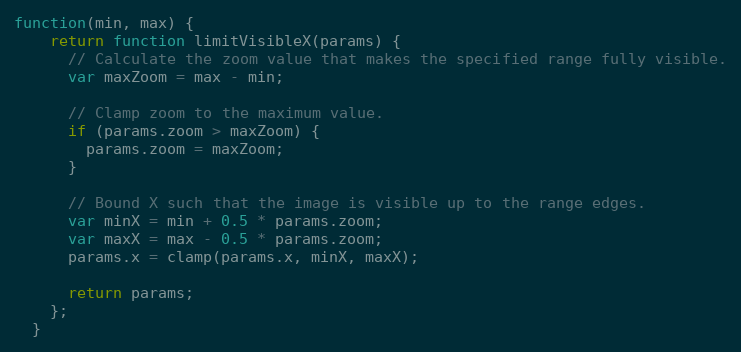
Language: JavaScript
function(min, max) {
    return function limitVisibleX(params) {
      // Calculate the zoom value that makes the specified range fully visible.
      var maxZoom = max - min;

      // Clamp zoom to the maximum value.
      if (params.zoom > maxZoom) {
        params.zoom = maxZoom;
      }

      // Bound X such that the image is visible up to the range edges.
      var minX = min + 0.5 * params.zoom;
      var maxX = max - 0.5 * params.zoom;
      params.x = clamp(params.x, minX, maxX);

      return params;
    };
  }